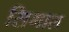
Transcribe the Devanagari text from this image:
सिगाल